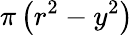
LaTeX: \pi\left(r^{2}-y^{2}\right)